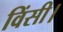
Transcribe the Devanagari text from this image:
विंसी।